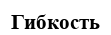
Гибкость